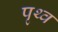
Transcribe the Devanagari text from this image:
पृथ्व